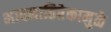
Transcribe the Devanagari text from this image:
भावनातिरेकामुळे